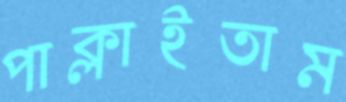
পাক্‌লাইতাম